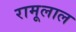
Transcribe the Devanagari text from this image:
रामूलाल